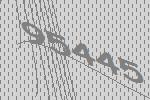
95445